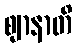
ဈာနာတိ